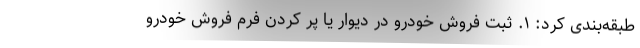
طبقه‌بندی کرد: ۱. ثبت فروش خودرو در دیوار یا پر کردن فرم فروش خودرو